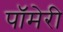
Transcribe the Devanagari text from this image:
पॉमेरी